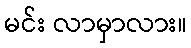
မင်း လာမှာလား။